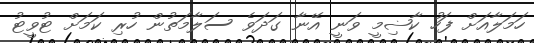
ހަމަލާއަށް ފަހު ކާޟިމީ ވަނީ އޭނާ ގަދަވެ ސަލާމަތުން ހުރި ކަމަށް ޓުވީޓު